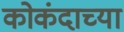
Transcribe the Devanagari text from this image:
कोकंदाच्या